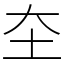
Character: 圶